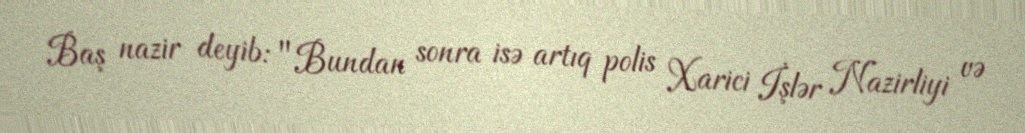
Baş nazir deyib: "Bundan sonra isə artıq polis Xarici İşlər Nazirliyi və